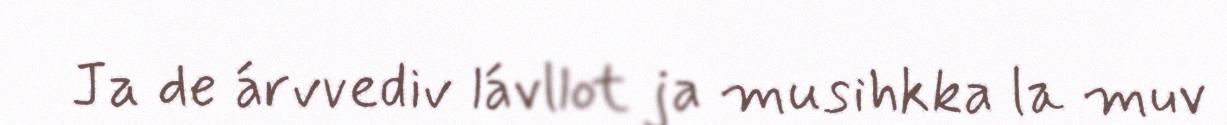
Ja de árvvediv lávllot ja musihkka la muv